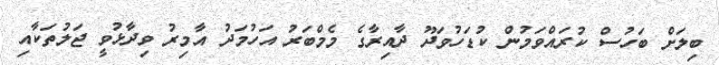
ބިލަށް ބަހުސް ކުރައްވަމުން ކުޑަހުވަދޫ ދާއިރާގެ މެމްބަރު އަހުމަދު އާމިރު ވިދާޅުވީ ޖަލުތަކާއި